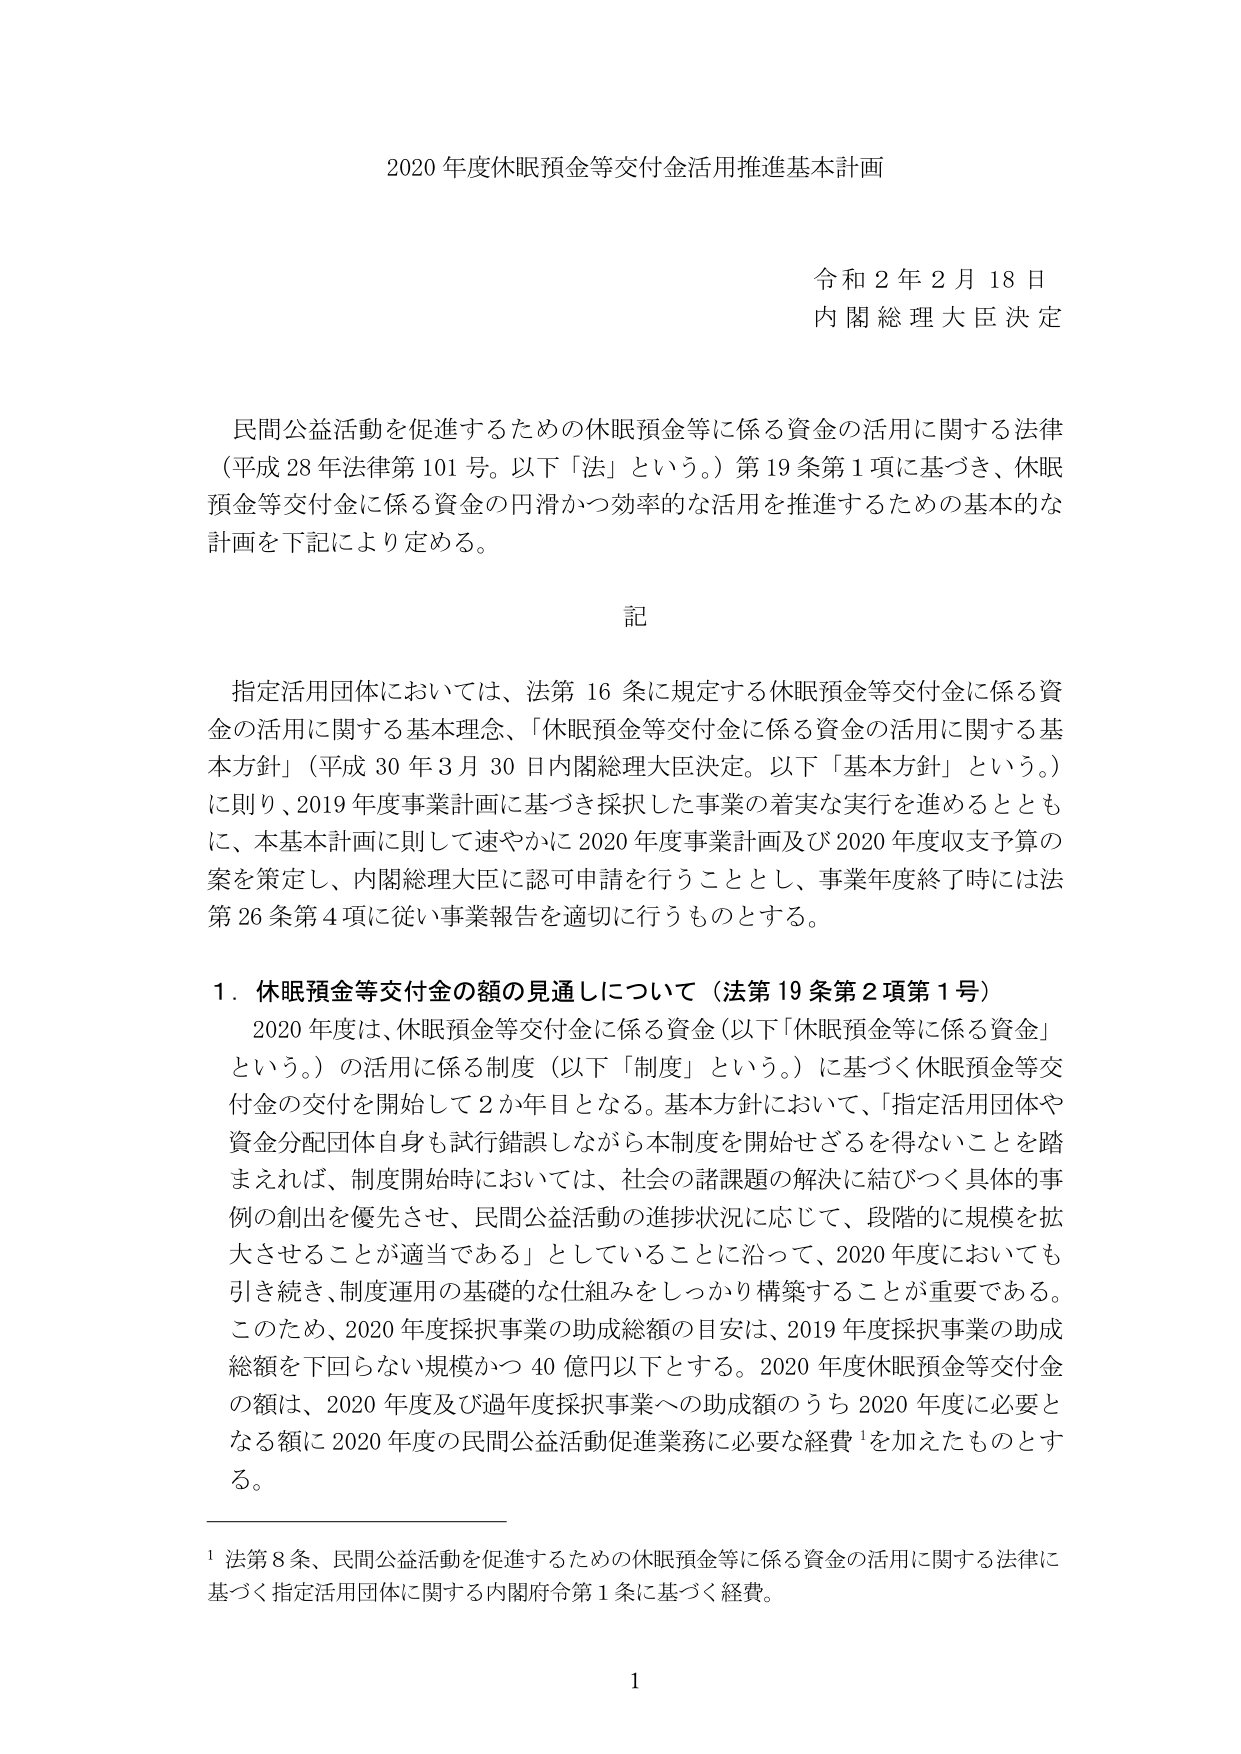
2020年度休眠預金等交付金活用推進基本計画

令和2年2月18日
内閣総理大臣決定

民間公益活動を促進するための休眠預金等に係る資金の活用に関する法律
（平成28年法律第101号。以下「法」という。）第19条第1項に基づき、休眠
預金等交付金に係る資金の円滑かつ効率的な活用を推進するための基本的な
計画を下記により定める。

記

指定活用団体においては、法第16条に規定する休眠預金等交付金に係る資
金の活用に関する基本理念、「休眠預金等交付金に係る資金の活用に関する基
本方針」（平成30年3月30日内閣総理大臣決定。以下「基本方針」という。）
に則り、2019年度事業計画に基づき採択した事業の着実な実行を進めるととも
に、本基本計画に則して速やかに2020年度事業計画及び2020年度収支予算の
案を策定し、内閣総理大臣に認可申請を行うこととし、事業年度終了時には法
第26条第4項に従い事業報告を適切に行うものとする。

1．休眠預金等交付金の額の見通しについて（法第19条第2項第1号）
　2020年度は、休眠預金等交付金に係る資金（以下「休眠預金等に係る資金」
　という。）の活用に係る制度（以下「制度」という。）に基づく休眠預金等交
　付金の交付を開始して2か年目となる。基本方針において、「指定活用団体や
　資金分配団体自身も試行錯誤しながら本制度を開始せざるを得ないことを踏
　まえれば、制度開始時においては、社会の諸課題の解決に結びつく具体的事
　例の創出を優先させ、民間公益活動の進捗状況に応じて、段階的に規模を拡
　大させることが適当である」としていることに沿って、2020年度においても
　引き続き、制度運用の基礎的な仕組みをしっかり構築することが重要である。
　このため、2020年度採択事業の助成総額の目安は、2019年度採択事業の助成
　総額を下回らない規模かつ40億円以下とする。2020年度休眠預金等交付金
　の額は、2020年度及び過年度採択事業への助成額のうち2020年度に必要と
　なる額に2020年度の民間公益活動促進業務に必要な経費¹を加えたものとす
　る。

¹ 法第8条、民間公益活動を促進するための休眠預金等に係る資金の活用に関する法律に
　基づく指定活用団体に関する内閣府令第1条に基づく経費。

1